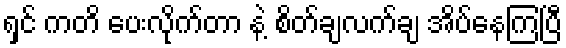
ရှင် ကတိ ပေးလိုက်တာ နဲ့ စိတ်ချလက်ချ အိပ်နေကြပြီ